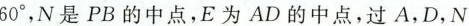
B60°，N是PB的中点，E为AD的中点，过A，D，N